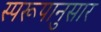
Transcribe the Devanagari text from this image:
स्परूपानुसार